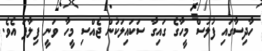
ހާދިސާގައި ފުލުސް މީހާގެ ގައިގާ ސަކައިލަކުން ޖެއްސި މީހާ ވަނީ ފިލާފަ އެވެ.